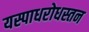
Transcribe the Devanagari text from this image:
यस्पाधरोधस्तन